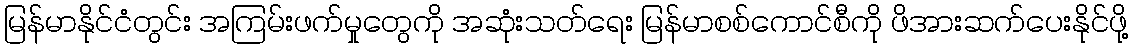
မြန်မာနိုင်ငံတွင်း အကြမ်းဖက်မှုတွေကို အဆုံးသတ်ရေး မြန်မာစစ်ကောင်စီကို ဖိအားဆက်ပေးနိုင်ဖို့